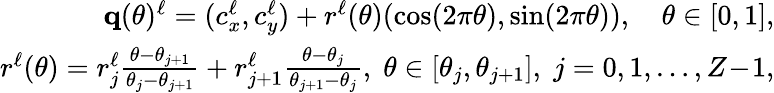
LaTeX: \begin{array}{r}{\mathbf q(\theta)^{\ell}=(c_{x}^{\ell},c_{y}^{\ell})+r^{\ell}(\theta)(\cos(2\pi\theta),\sin(2\pi\theta)),\quad\theta\in[0,1],}\\ {r^{\ell}(\theta)=r_{j}^{\ell}{\frac{\theta-\theta_{j+1}}{\theta_{j}-\theta_{j+1}}}+r_{j+1}^{\ell}{\frac{\theta-\theta_{j}}{\theta_{j+1}-\theta_{j}}},\; \theta\in[\theta_{j},\theta_{j+1}],\; j=0,1,\ldots,Z\! -\! 1,}\end{array}